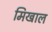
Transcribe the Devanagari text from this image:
मिखाल